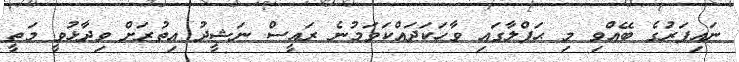
ނައިފަރުގެ ބޭއްވި މި ޙަފްލާގައި ވާހަކަދައްކަވަމުނެ ރައީސް ނަޝީދު އިތުރަށް ވިދާޅުވީ މަތީ